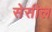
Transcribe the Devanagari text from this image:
सेसील